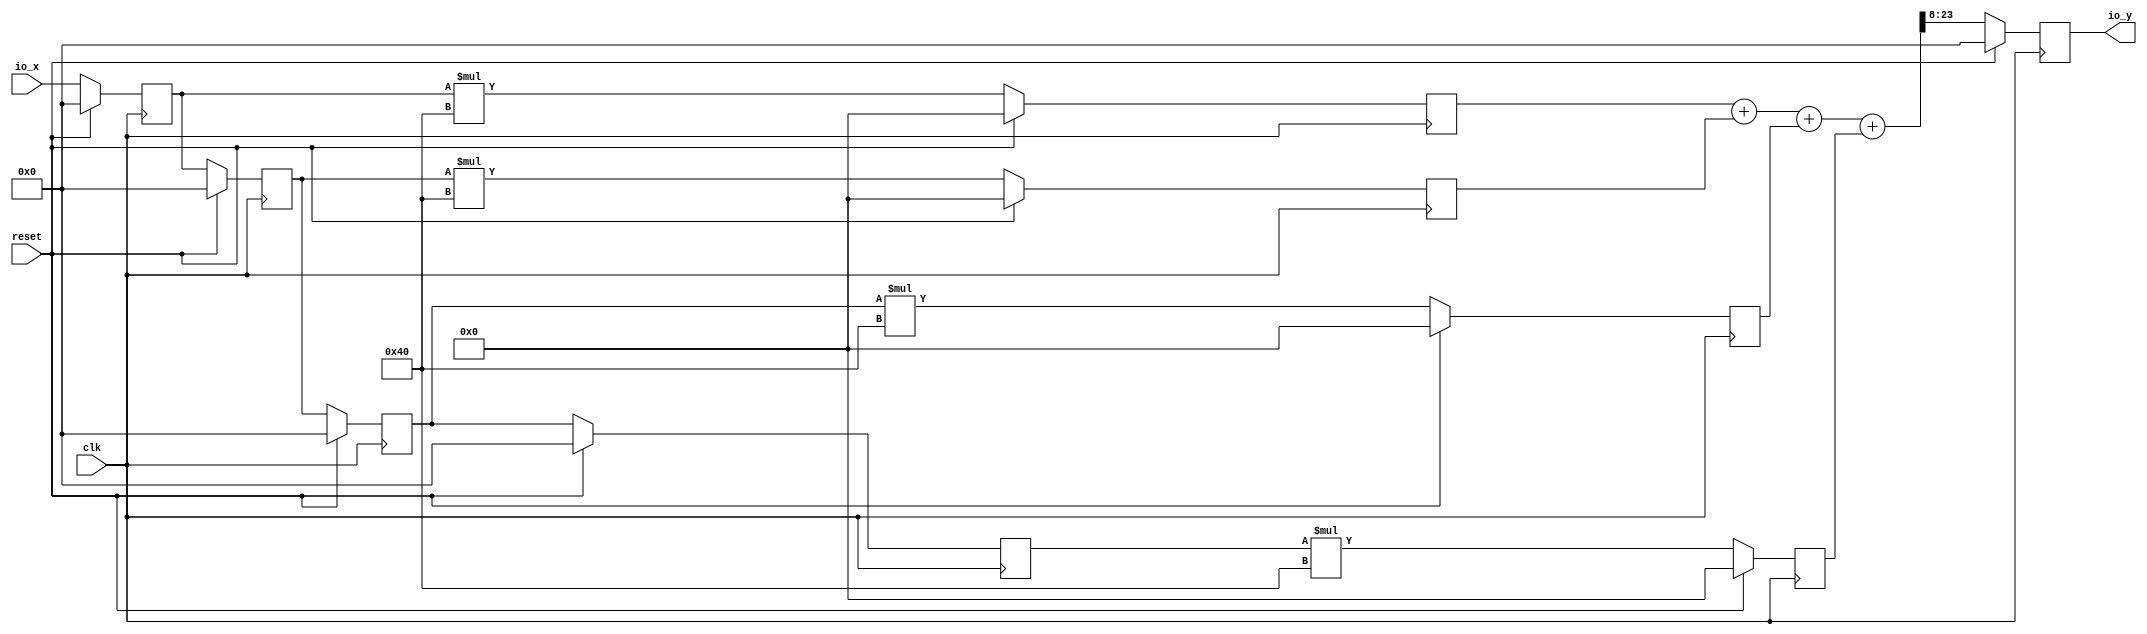
module mc_sop1(input clk, input reset,
    input [15:0] io_x,
    output[15:0] io_y
);

  reg[15:0] yy;
  wire[15:0] T0;
  wire[23:0] T1;
  wire[31:0] sop;
  reg[31:0] mults_3;
  wire[31:0] T2;
  reg[15:0] delays_3;
  reg[15:0] delays_2;
  reg[15:0] delays_1;
  reg[15:0] delays_0;
  wire[31:0] T3;
  reg[31:0] mults_2;
  wire[31:0] T4;
  wire[31:0] T5;
  reg[31:0] mults_1;
  wire[31:0] T6;
  reg[31:0] mults_0;
  wire[31:0] T7;

  assign io_y = yy;
  assign T0 = T1[4'hf/* 15*/:1'h0/* 0*/];
  assign T1 = $signed(sop) >>> $signed(4'h8/* 8*/);
  assign sop = T3 + mults_3;
  assign T2 = $signed(delays_3) * $signed(16'h40/* 64*/);
  assign T3 = T5 + mults_2;
  assign T4 = $signed(delays_2) * $signed(16'h40/* 64*/);
  assign T5 = mults_0 + mults_1;
  assign T6 = $signed(delays_1) * $signed(16'h40/* 64*/);
  assign T7 = $signed(delays_0) * $signed(16'h40/* 64*/);

  always @(posedge clk) begin
    yy <= reset ? 16'h0/* 0*/ : T0;
    mults_3 <= reset ? 32'h0/* 0*/ : T2;
    delays_3 <= reset ? 16'h0/* 0*/ : delays_2;
    delays_2 <= reset ? 16'h0/* 0*/ : delays_1;
    delays_1 <= reset ? 16'h0/* 0*/ : delays_0;
    delays_0 <= reset ? 16'h0/* 0*/ : io_x;
    mults_2 <= reset ? 32'h0/* 0*/ : T4;
    mults_1 <= reset ? 32'h0/* 0*/ : T6;
    mults_0 <= reset ? 32'h0/* 0*/ : T7;
  end
endmodule